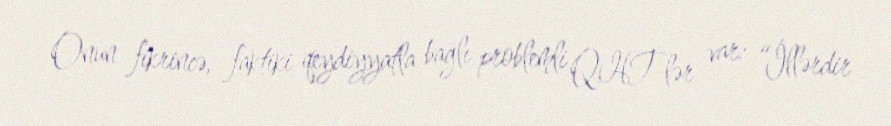
Onun fikrincə, faktiki qeydiyyatla bağlı problemli QHT-lər var: “İllərdir